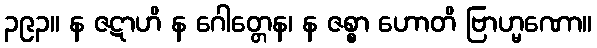
၃၉၃။ န ဇဋာဟိ န ဂေါတ္တေန၊ န ဇစ္စာ ဟောတိ ဗြာဟ္မဏော။